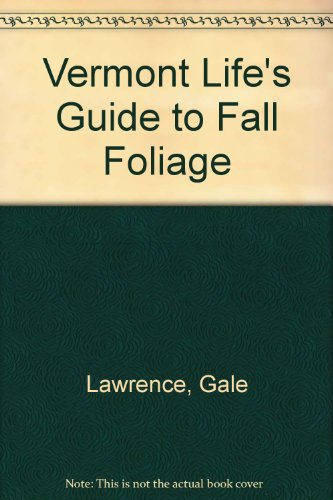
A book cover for Vermont Life's Guide to Fall Foliage; Gale Lawrence; Travel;